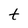
Character: t